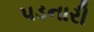
પડનારી